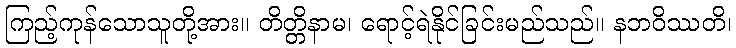
ကြည့်ကုန်သောသူတို့အား။ တိတ္တိနာမ၊ ရောင့်ရဲနိုင်ခြင်းမည်သည်။ နဘဝိဿတိ၊